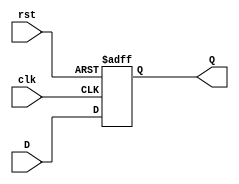
`timescale 1ns / 1ps
/*******************************************************************
*
* Module: DataPath.v
* Project: Archetchture_project
          Nada Badawy        900171975
          Mohamed Al-Awadly  900163100
* Description: D-Flip-Flop with Reset  
* Change history: 08/10/19 - creat the module
* 28/10/19 - Added comments and follow guidelines
*
*******************************************************************/

 
module D_Flip_Flop(input clk, input rst, input D, output reg Q );

always @ (posedge clk or posedge rst)
 if (rst) begin
 Q <= 1'b0;
 end else begin
 Q <= D;
 end

endmodule